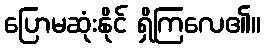
ပြောမဆုံးနိုင် ရှိကြလေ၏။